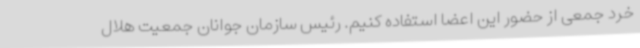
خرد جمعی از حضور این اعضا استفاده کنیم. رئیس سازمان جوانان جمعیت هلال